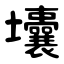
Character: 㚂